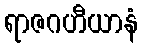
ရာဇဂဟီယာနံ